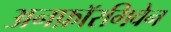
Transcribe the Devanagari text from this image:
अनफ़ॉरगिवेन